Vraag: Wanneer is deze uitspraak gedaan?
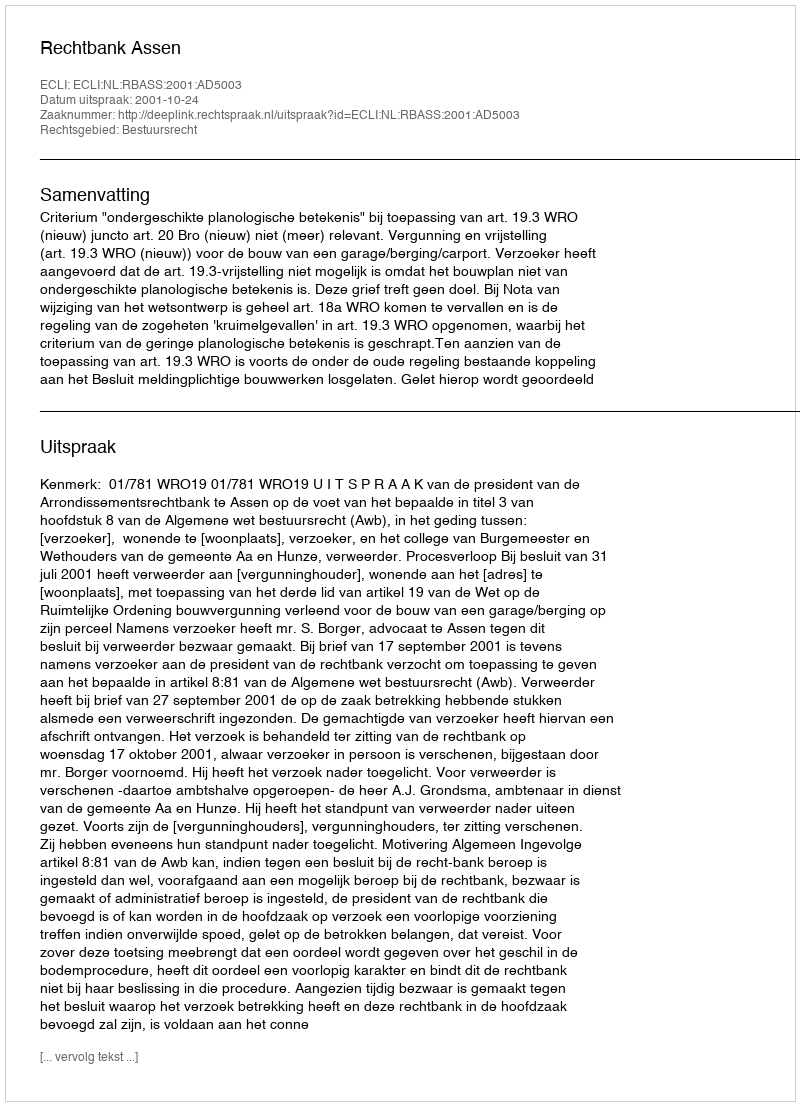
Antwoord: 2001-10-24